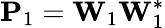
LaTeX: \mathbf{P}_{1}=\mathbf{W}_{1}\mathbf{W}_{1}^{*}